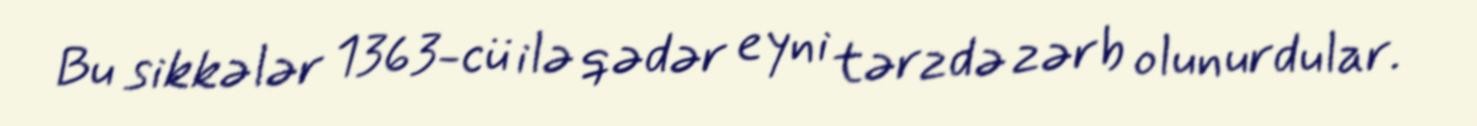
Bu sikkələr 1363-cü ilə qədər eyni tərzdə zərb olunurdular.